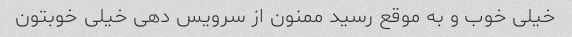
خیلی خوب و به موقع رسید ممنون از سرویس دهی خیلی خوبتون